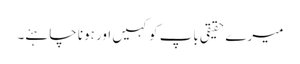
میرے حقیقی باپ کو کہیں اور ہونا چاہئے۔